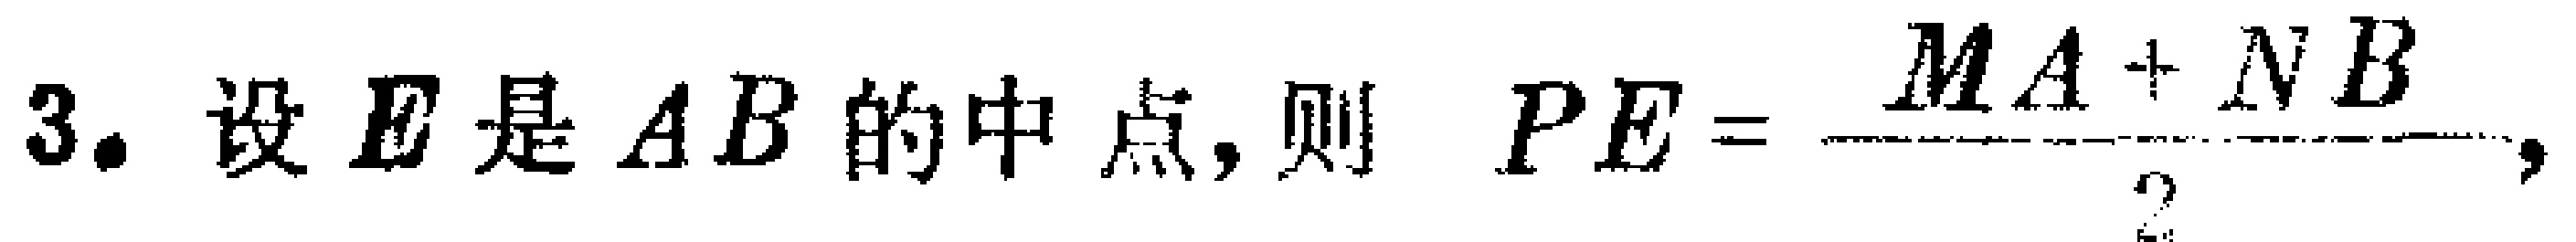
3. 设 \(E\) 是 \(AB\) 的中点，则 \(PE = \frac{MA + NB}{2}\)，